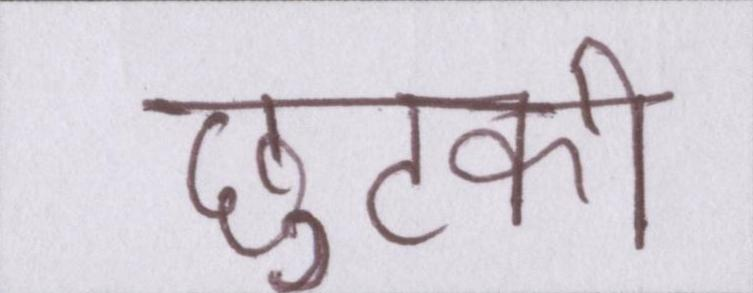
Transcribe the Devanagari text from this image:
छुटकी